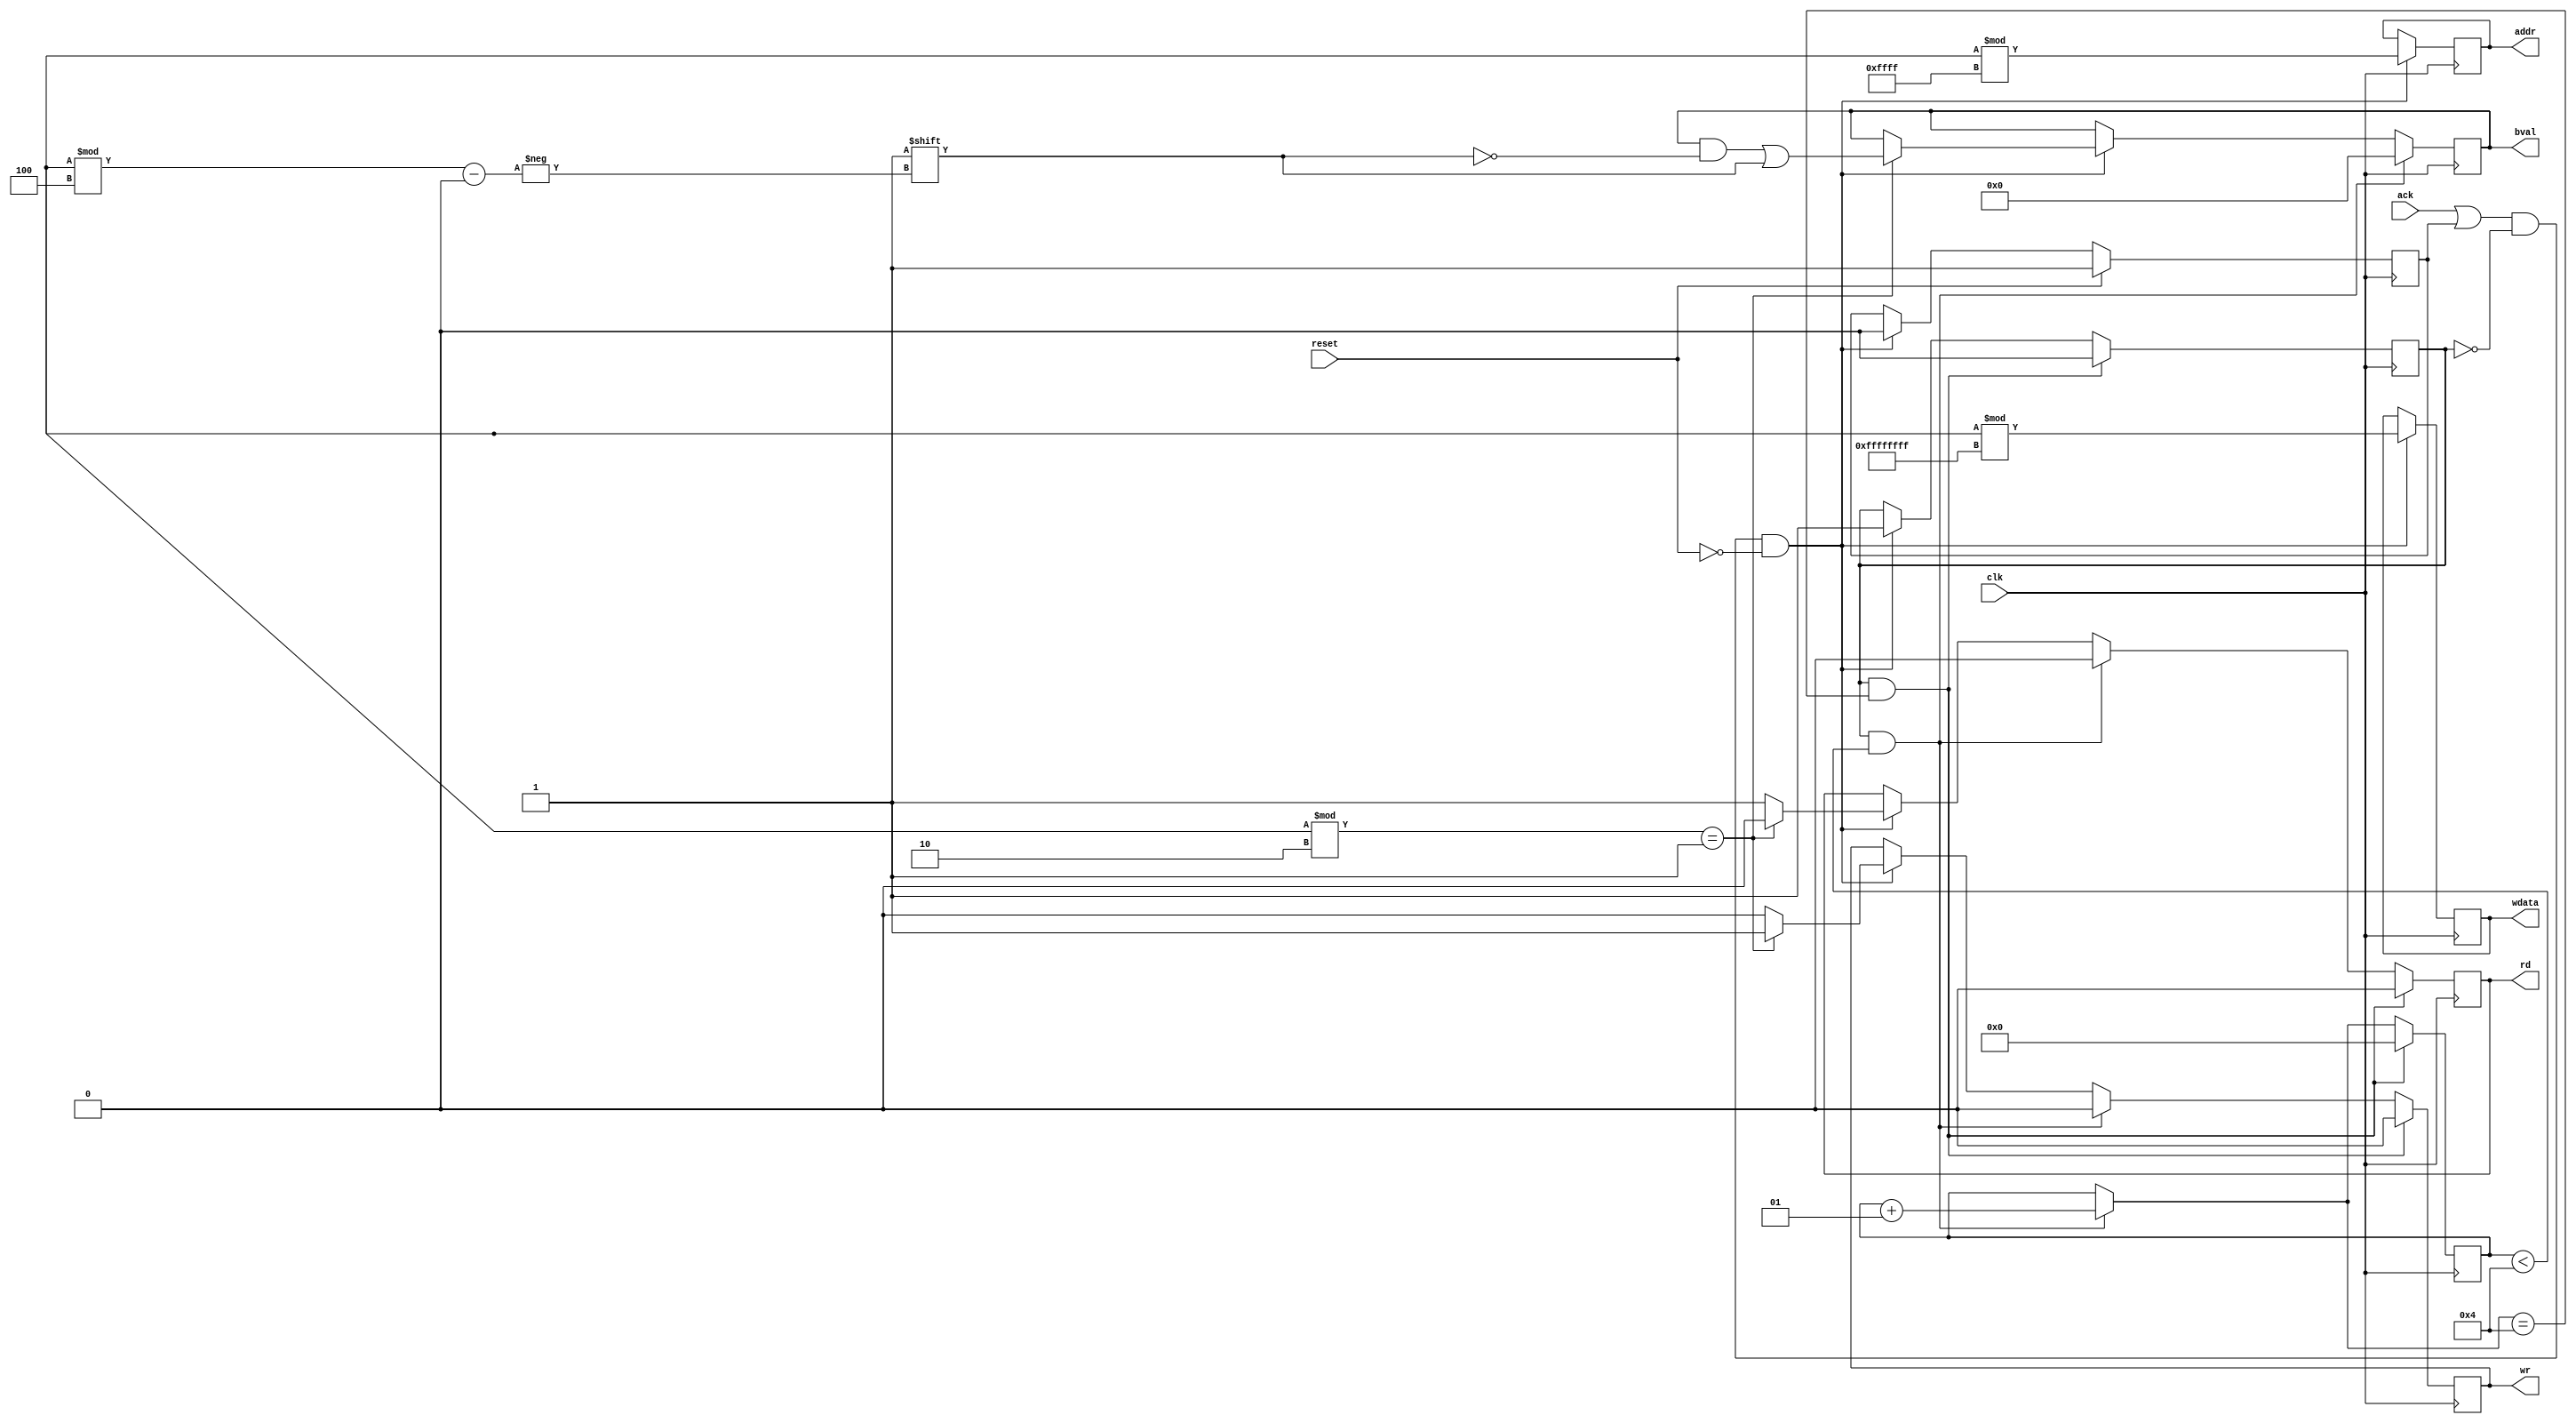
`timescale 1ns / 1ps
//////////////////////////////////////////////////////////////////////////////////
// Company: 
// Engineer: 
// 
// Design Name: 
// Module Name: cpu
// Project Name: 
// Target Devices: 
// Tool Versions: 
// Description: 
// 
// Dependencies: 
// 
// Revision:
// Revision 0.01 - File Created
// Additional Comments:
// 
//////////////////////////////////////////////////////////////////////////////////


module cpu(
    input ack,
    input clk,
    input reset,
    
    output reg [15:0] addr,
    output reg wr,
    output reg rd,
    output reg [31:0]wdata,
    output reg [3:0]bval = 'b0
    );
    
    reg rw = 'b1;
    reg sur_ack = 'b0;
    
    integer i = 0;
    
    always @(posedge clk) begin

        if((ack == 'b1 || sur_ack == 'b1) && rw == 'b0 && reset == 'b0)begin
            if($urandom%2 == 1)begin
                wr <= 'b1;
                rd <= 'b0;
                bval[$urandom%4] <= 'b1;
            end
            else begin
                wr <= 'b0;
                rd <= 'b1;
            end
            addr <= $urandom%(16'hffff); // cache size
            //addr <= $urandom%(16'h1fff); // 2 cache size
            wdata <= $urandom%(32'hffff_ffff);
            rw <= 'b1;
            sur_ack <= 'b0;
        end
        if(rw == 'b1 && i < 4)
        begin
                i = i+1;
                bval <= 'b0;
                wr <= 'b0;
                rd <= 'b0;
        end
        if(reset == 'b1)
            sur_ack <= 'b1;
        if(rw == 'b1 && i == 4)
        begin
                i = 0;
                wr <= 'b0;
                rd <= 'b0;
                rw <= 'b0;
        end
     end
    
endmodule